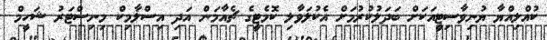
ކުއްލިއްޔާ ޔުނިވާސިޓީއަކަށް ބަދަލުކުރުމަށް އެކުލަވާލި ކޮމެޓީގެ ޗެއާމަން އަދި އިސްލާމިކް މިނިސްޓަރު ޝަހީމް